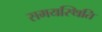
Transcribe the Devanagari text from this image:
समयस्थिति